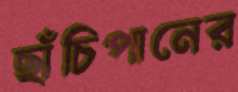
ছাঁচিপানের